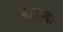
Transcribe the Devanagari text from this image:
दालादा